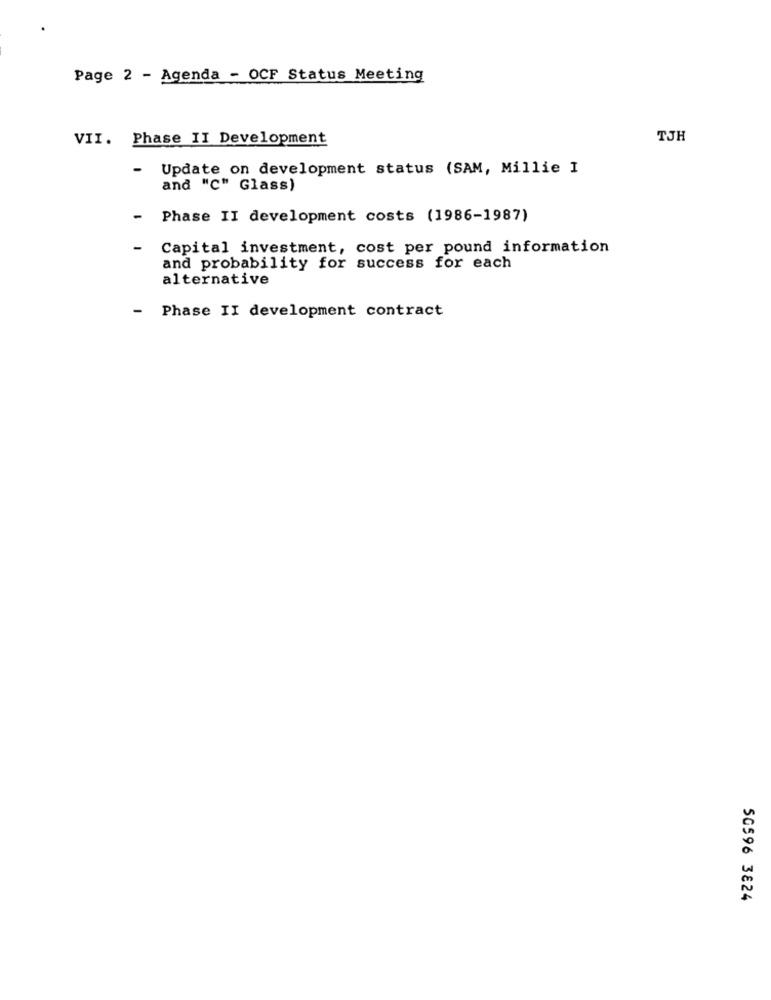
Page 2 - Agenda - OCF Status Meeting
VII. Phase II Development
TJH
Update on development status (SAM, Millie I
and "C" Glass)
-
Phase II development costs (1986-1987)
-
Capital investment, cost per pound information
and probability for success for each
alternative
- Phase II development contract
50596 3824